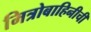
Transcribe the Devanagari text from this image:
मित्रोबाहिनीची